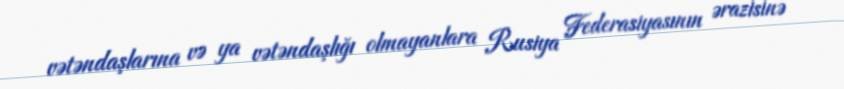
vətəndaşlarına və ya vətəndaşlığı olmayanlara Rusiya Federasiyasının ərazisinə